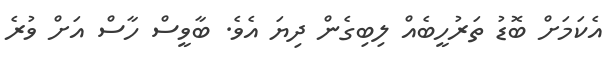
އެކަމަށް ބޮޑު ތަރުހީބެއް ލިބިގެން ދިޔަ އެވެ. ބާވީސް ހާސް އަށް ވުރެ